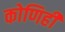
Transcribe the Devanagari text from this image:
कोणिही